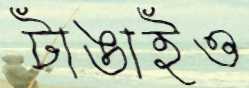
টাঙাইও